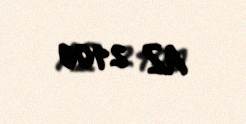
AZ 2100